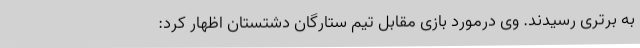
به برتری رسیدند. وی درمورد بازی مقابل تیم ستارگان دشتستان اظهار کرد: